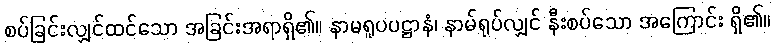
စပ်ခြင်းလျှင်ထင်သော အခြင်းအရာရှိ၏။ နာမရူပပဋ္ဌာနံ၊ နာမ်ရုပ်လျှင် နီးစပ်သော အကြောင်း ရှိ၏။